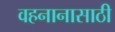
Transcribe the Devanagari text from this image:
वहनानासाठी